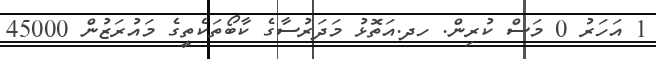
1 އަހަރު 0 މަސް ކުރިން. ހދ.އަތޮޅު މަދަރުސާގެ ކާބޯތަކެތީގެ މައުރަޒުން 45000